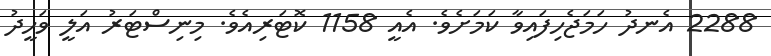
2288 އެނދު ހަމަޖެހިފައިވާ ކަމަށެވެ. އެއީ 1158 ކޮޓަރިއެވެ. މިނިސްޓަރު އަލީ ވަހީދު